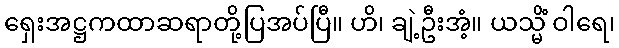
ရှေးအဋ္ဌကထာဆရာတို့ပြအပ်ပြီ။ ဟိ၊ ချဲ့ဦးအံ့။ ယသ္မိံ ဝါရေ၊